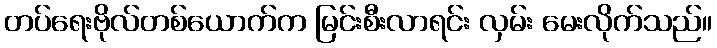
တပ်ရေးဗိုလ်တစ်ယောက်က မြင်းစီးလာရင်း လှမ်း မေးလိုက်သည်။